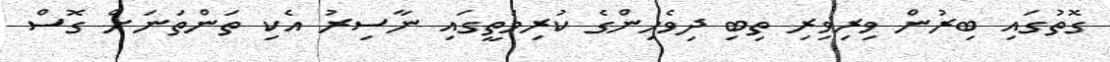
ގޮތުގައި ބިރުން ވިރިވިރި ތިބި ދިވެހިންގެ ކުރިމަތީގައި ނާސިރު އެކި ތަންތަނަށް ގޮސް